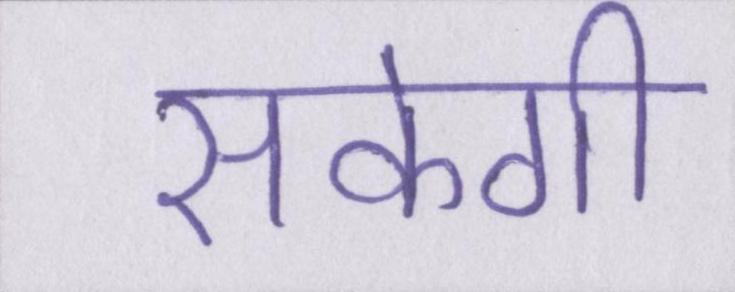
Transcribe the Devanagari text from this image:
सकेगी